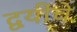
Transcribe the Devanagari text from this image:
द्वयींचे